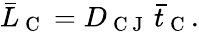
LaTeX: \bar{L}_{\mathrm{~C~}}=D_{\mathrm{~C~J~}}\, \bar{t}_{\mathrm{~C~}}.